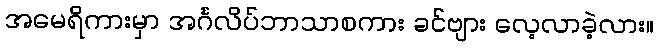
အမေရိကားမှာ အင်္ဂလိပ်ဘာသာစကား ခင်ဗျား လေ့လာခဲ့လား။